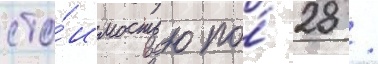
сто́имостью по́ 28 /